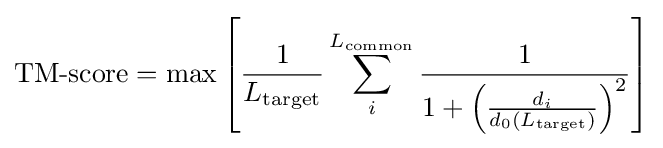
{\text{TM-score}}=\max \left[{\frac {1}{L_{\text{target}}}}\sum _{i}^{L_{\text{common}}}{\frac {1}{1+\left({\frac {d_{i}}{d_{0}(L_{\text{target}})}}\right)^{2}}}\right]